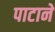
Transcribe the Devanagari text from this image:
पाटाने